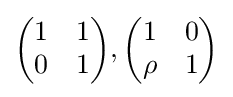
{\begin{pmatrix}1&1\\0&1\\\end{pmatrix}},{\begin{pmatrix}1&0\\\rho &1\\\end{pmatrix}}